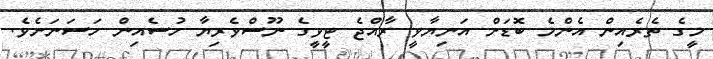
މީގެ ތެރެއިން އެންމެ ބޮޑަށް އަނިޔާވީ ރާއްޖެ ޓީވީގެ ނޫސްވެރިޔާ ހުސެއިން ހަސަނަށެވެ.